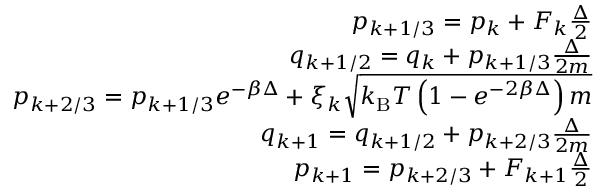
\begin{array} { r } { p _ { k + 1 / 3 } = p _ { k } + F _ { k } \frac { \Delta } { 2 } } \\ { q _ { k + 1 / 2 } = q _ { k } + p _ { k + 1 / 3 } \frac { \Delta } { 2 m } } \\ { p _ { k + 2 / 3 } = p _ { k + 1 / 3 } e ^ { - \beta \Delta } + \xi _ { k } \sqrt { k _ { \mathrm { B } } T \left( 1 - e ^ { - 2 \beta \Delta } \right) m } } \\ { q _ { k + 1 } = q _ { k + 1 / 2 } + p _ { k + 2 / 3 } \frac { \Delta } { 2 m } } \\ { p _ { k + 1 } = p _ { k + 2 / 3 } + F _ { k + 1 } \frac { \Delta } { 2 } } \end{array}